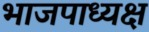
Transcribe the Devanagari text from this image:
भाजपाध्यक्ष